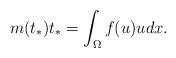
LaTeX: \begin{align*}m(t_{\ast})t_{\ast}=\int_{\Omega}f(u)u dx.\end{align*}